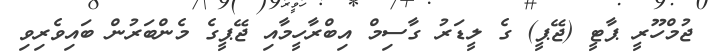
ޖުމްހޫރީ ޕާޓީ (ޖޭޕީ) ގެ ލީޑަރު ގާސިމް އިބްރާހީމާއި ޖޭޕީގެ މެންބަރުން ބައިވެރިވި